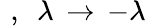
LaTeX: \! \! \! \! \! \! \! \! \! \! \! \! \! \! \! \! \! \! \! \! \! \! \! \! \! \! {P\, \leftrightarrow\, -Q\, \, \, ,\, \, \, \lambda\, \rightarrow\, -\lambda}